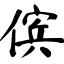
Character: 傧